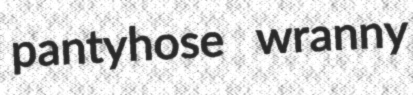
pantyhose wranny